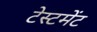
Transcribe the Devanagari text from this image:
टेस्टमेंट